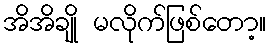
အိအိချို မလိုက်ဖြစ်တော့။